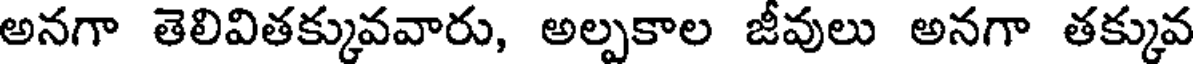
అనగా తెలివితక్కువవారు, అల్పకాల జీవులు అనగా తక్కువ